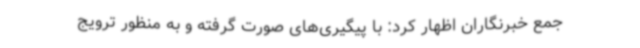
جمع خبرنگاران اظهار کرد: با پیگیری‌های صورت گرفته و به منظور ترویج